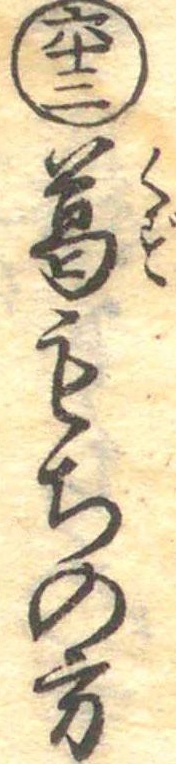
六十三葛もちの方